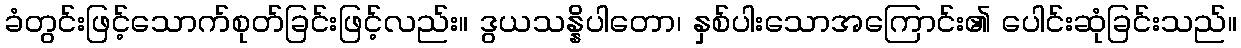
ခံတွင်းဖြင့်သောက်စုတ်ခြင်းဖြင့်လည်း။ ဒွယသန္နိပါတော၊ နှစ်ပါးသောအကြောင်း၏ ပေါင်းဆုံခြင်းသည်။